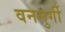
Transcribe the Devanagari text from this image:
वनमुर्गी